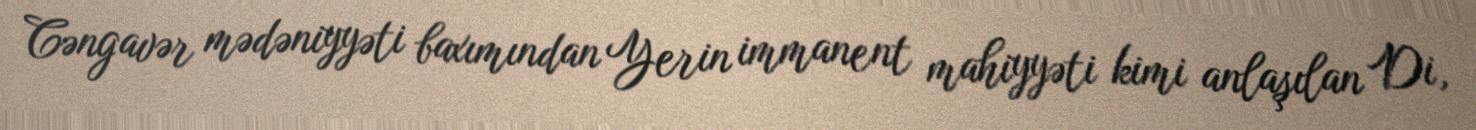
Cəngavər mədəniyyəti baxımından Yerin immanent mahiyyəti kimi anlaşılan Di,